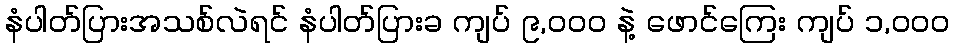
နံပါတ်ပြားအသစ်လဲရင် နံပါတ်ပြားခ ကျပ် ၉,၀၀၀ နဲ့ ဖောင်ကြေး ကျပ် ၁,၀၀၀